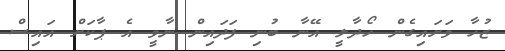
ޒުހާ ވަށައިގެން ހޯދާލީ އޭނާ ބުނި ފަދައިން ނާވީ އެ ޕާކަށް އައިސް